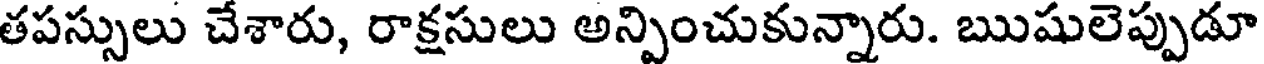
తపస్సులు చేశారు, రాక్షసులు అన్పించుకున్నారు. ఋషులెప్పుడూ